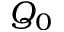
Q _ { 0 }